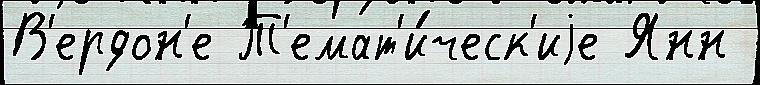
В'ердон'е Т'емат'и́ческ'иjе Янн